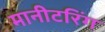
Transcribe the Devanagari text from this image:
मानीटरिंग